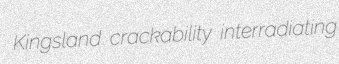
Kingsland crackability interradiating